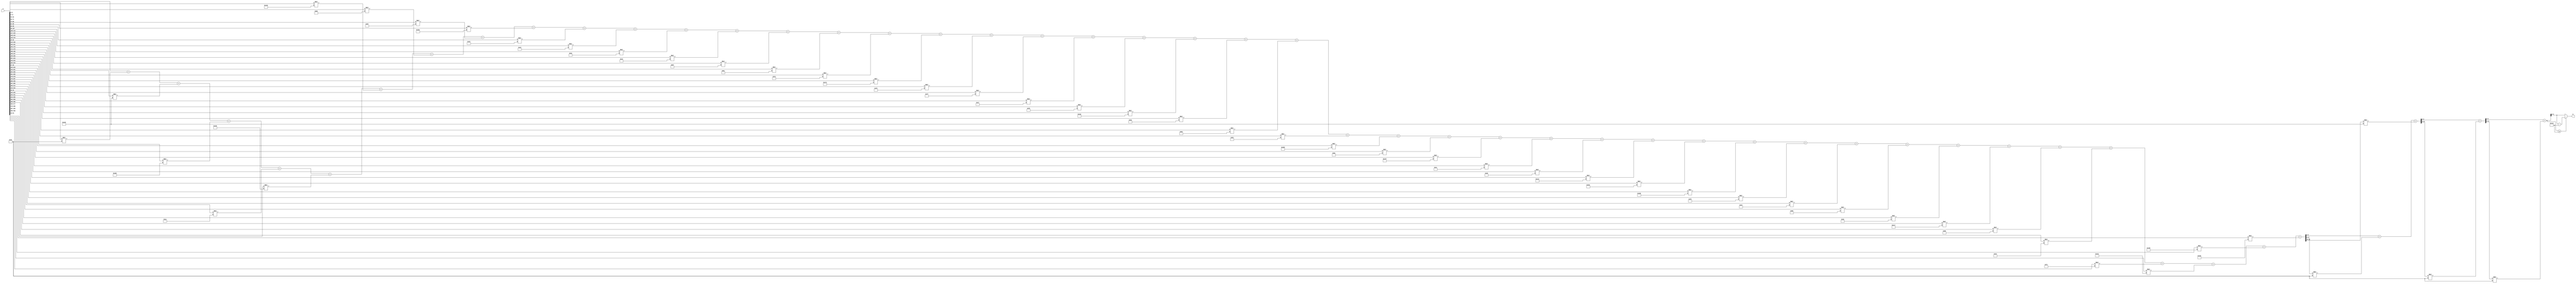
module x_400_mod_461(
    input [400:1] X,
    output [9:1] R
    );

wire [23:1] R_temp_1;
wire [15:1] R_temp_2;
wire [12:1] R_temp_3;
wire [10:1] R_temp_4;
reg [9:1]  R_temp;

assign R_temp_1 = X [ 9 : 1 ]  + X [ 18 : 10 ] * 6'b110011 + X [ 27 : 19 ] * 9'b100101000 + X [ 36 : 28 ] * 9'b101011000 + X [ 45 : 37 ] * 5'b11010 + X [ 54 : 46 ] * 9'b110010100 + X [ 63 : 55 ] * 9'b101000000 + X [ 72 : 64 ] * 8'b10111001 + X [ 81 : 73 ] * 8'b11010111 + X [ 90 : 82 ] * 9'b101101010 + X [ 99 : 91 ] * 5'b10110 + X [ 108 : 100 ] * 8'b11001000 + X [ 117 : 109 ] * 6'b111010 + X [ 126 : 118 ] * 8'b11000000 + X [ 135 : 127 ] * 7'b1101111 + X [ 144 : 136 ] * 8'b10000001 + X [ 153 : 145 ] * 7'b1111101 + X [ 162 : 154 ] * 9'b101111110 + X [ 171 : 163 ] * 7'b1111000 + X [ 180 : 172 ] * 7'b1111111 + X [ 189 : 181 ] * 5'b10111 + X [ 198 : 190 ] * 8'b11111011 + X [ 207 : 199 ] * 9'b101100010 + X [ 216 : 208 ] * 7'b1001011 + X [ 225 : 217 ] * 8'b10001001 + X [ 234 : 226 ] * 7'b1001000 + X [ 243 : 235 ] * 9'b110111101 + X [ 252 : 244 ] * 7'b1101010 + X [ 261 : 253 ] * 9'b101001111 + X [ 270 : 262 ] * 5'b11100 + X [ 279 : 271 ] * 6'b101101 + X [ 288 : 280 ] * 9'b111000011 + X [ 297 : 289 ] * 9'b110011100 + X [ 306 : 298 ] * 9'b100001011 + X [ 315 : 307 ] * 8'b11111000 + X [ 324 : 316 ] * 8'b11001001 + X [ 333 : 325 ] * 7'b1101101 + X [ 342 : 334 ] * 5'b11011 + X [ 351 : 343 ] * 9'b111000111 + X [ 360 : 352 ] * 8'b10011011 + X [ 369 : 361 ] * 7'b1000100 + X [ 378 : 370 ] * 8'b11110001 + X [ 387 : 379 ] * 9'b100110001 + X [ 396 : 388 ] * 9'b101010110 + X [ 400 : 397 ] * 9'b110000001 ;

assign R_temp_2 = R_temp_1 [ 9 : 1 ]  + R_temp_1 [ 18 : 10 ] * 6'b110011 + R_temp_1 [ 23 : 19 ] * 9'b100101000 ;

assign R_temp_3 = R_temp_2 [ 9 : 1 ]  + R_temp_2 [ 15 : 10 ] * 6'b110011 ;

assign R_temp_4 = R_temp_3 [ 9 : 1 ]  + R_temp_3 [ 12 : 10 ] * 6'b110011 ;


always @(R_temp_4)
begin
  if (R_temp_4 >= 9'b111001101)
    R_temp <= R_temp_4 - 9'b111001101;
  else
    R_temp <= R_temp_4;
end

assign R = R_temp;

endmodule